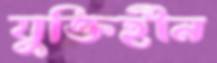
যুক্তিহীন